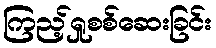
ကြည့်ရှုစစ်ဆေးခြင်း